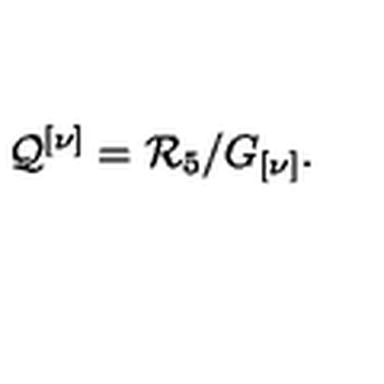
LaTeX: { \cal Q } ^ { \left[ \nu \right] } = { \cal R } _ { 5 } / G _ { \left[ \nu \right] } .